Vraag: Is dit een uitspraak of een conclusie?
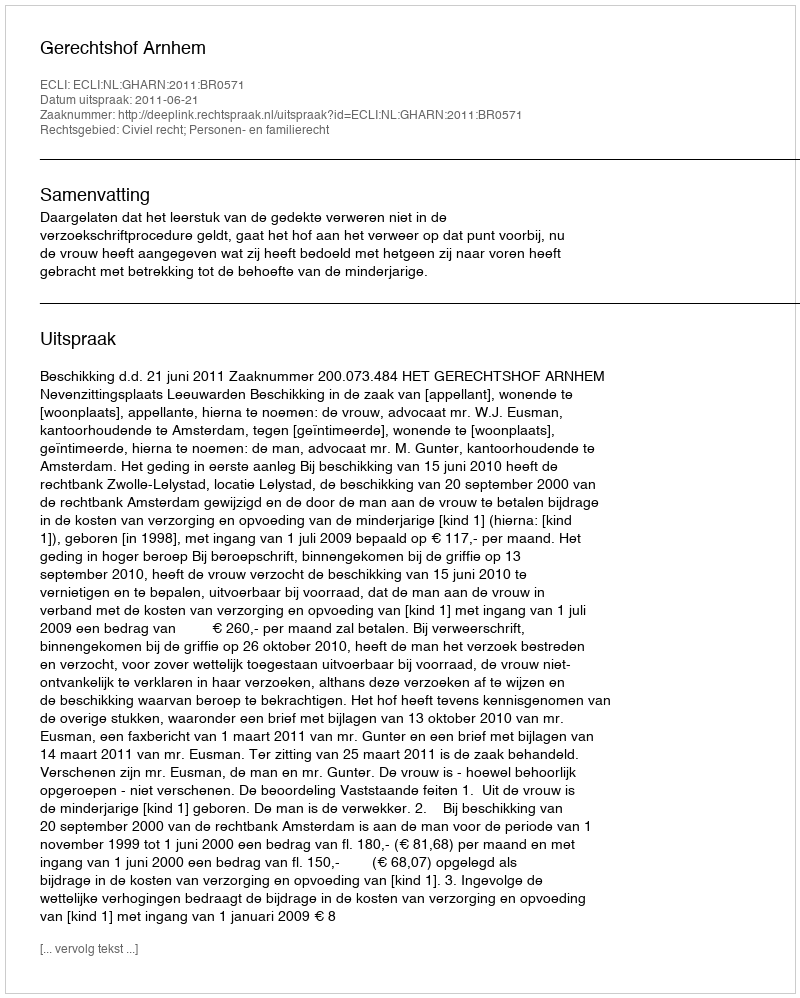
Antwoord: Uitspraak